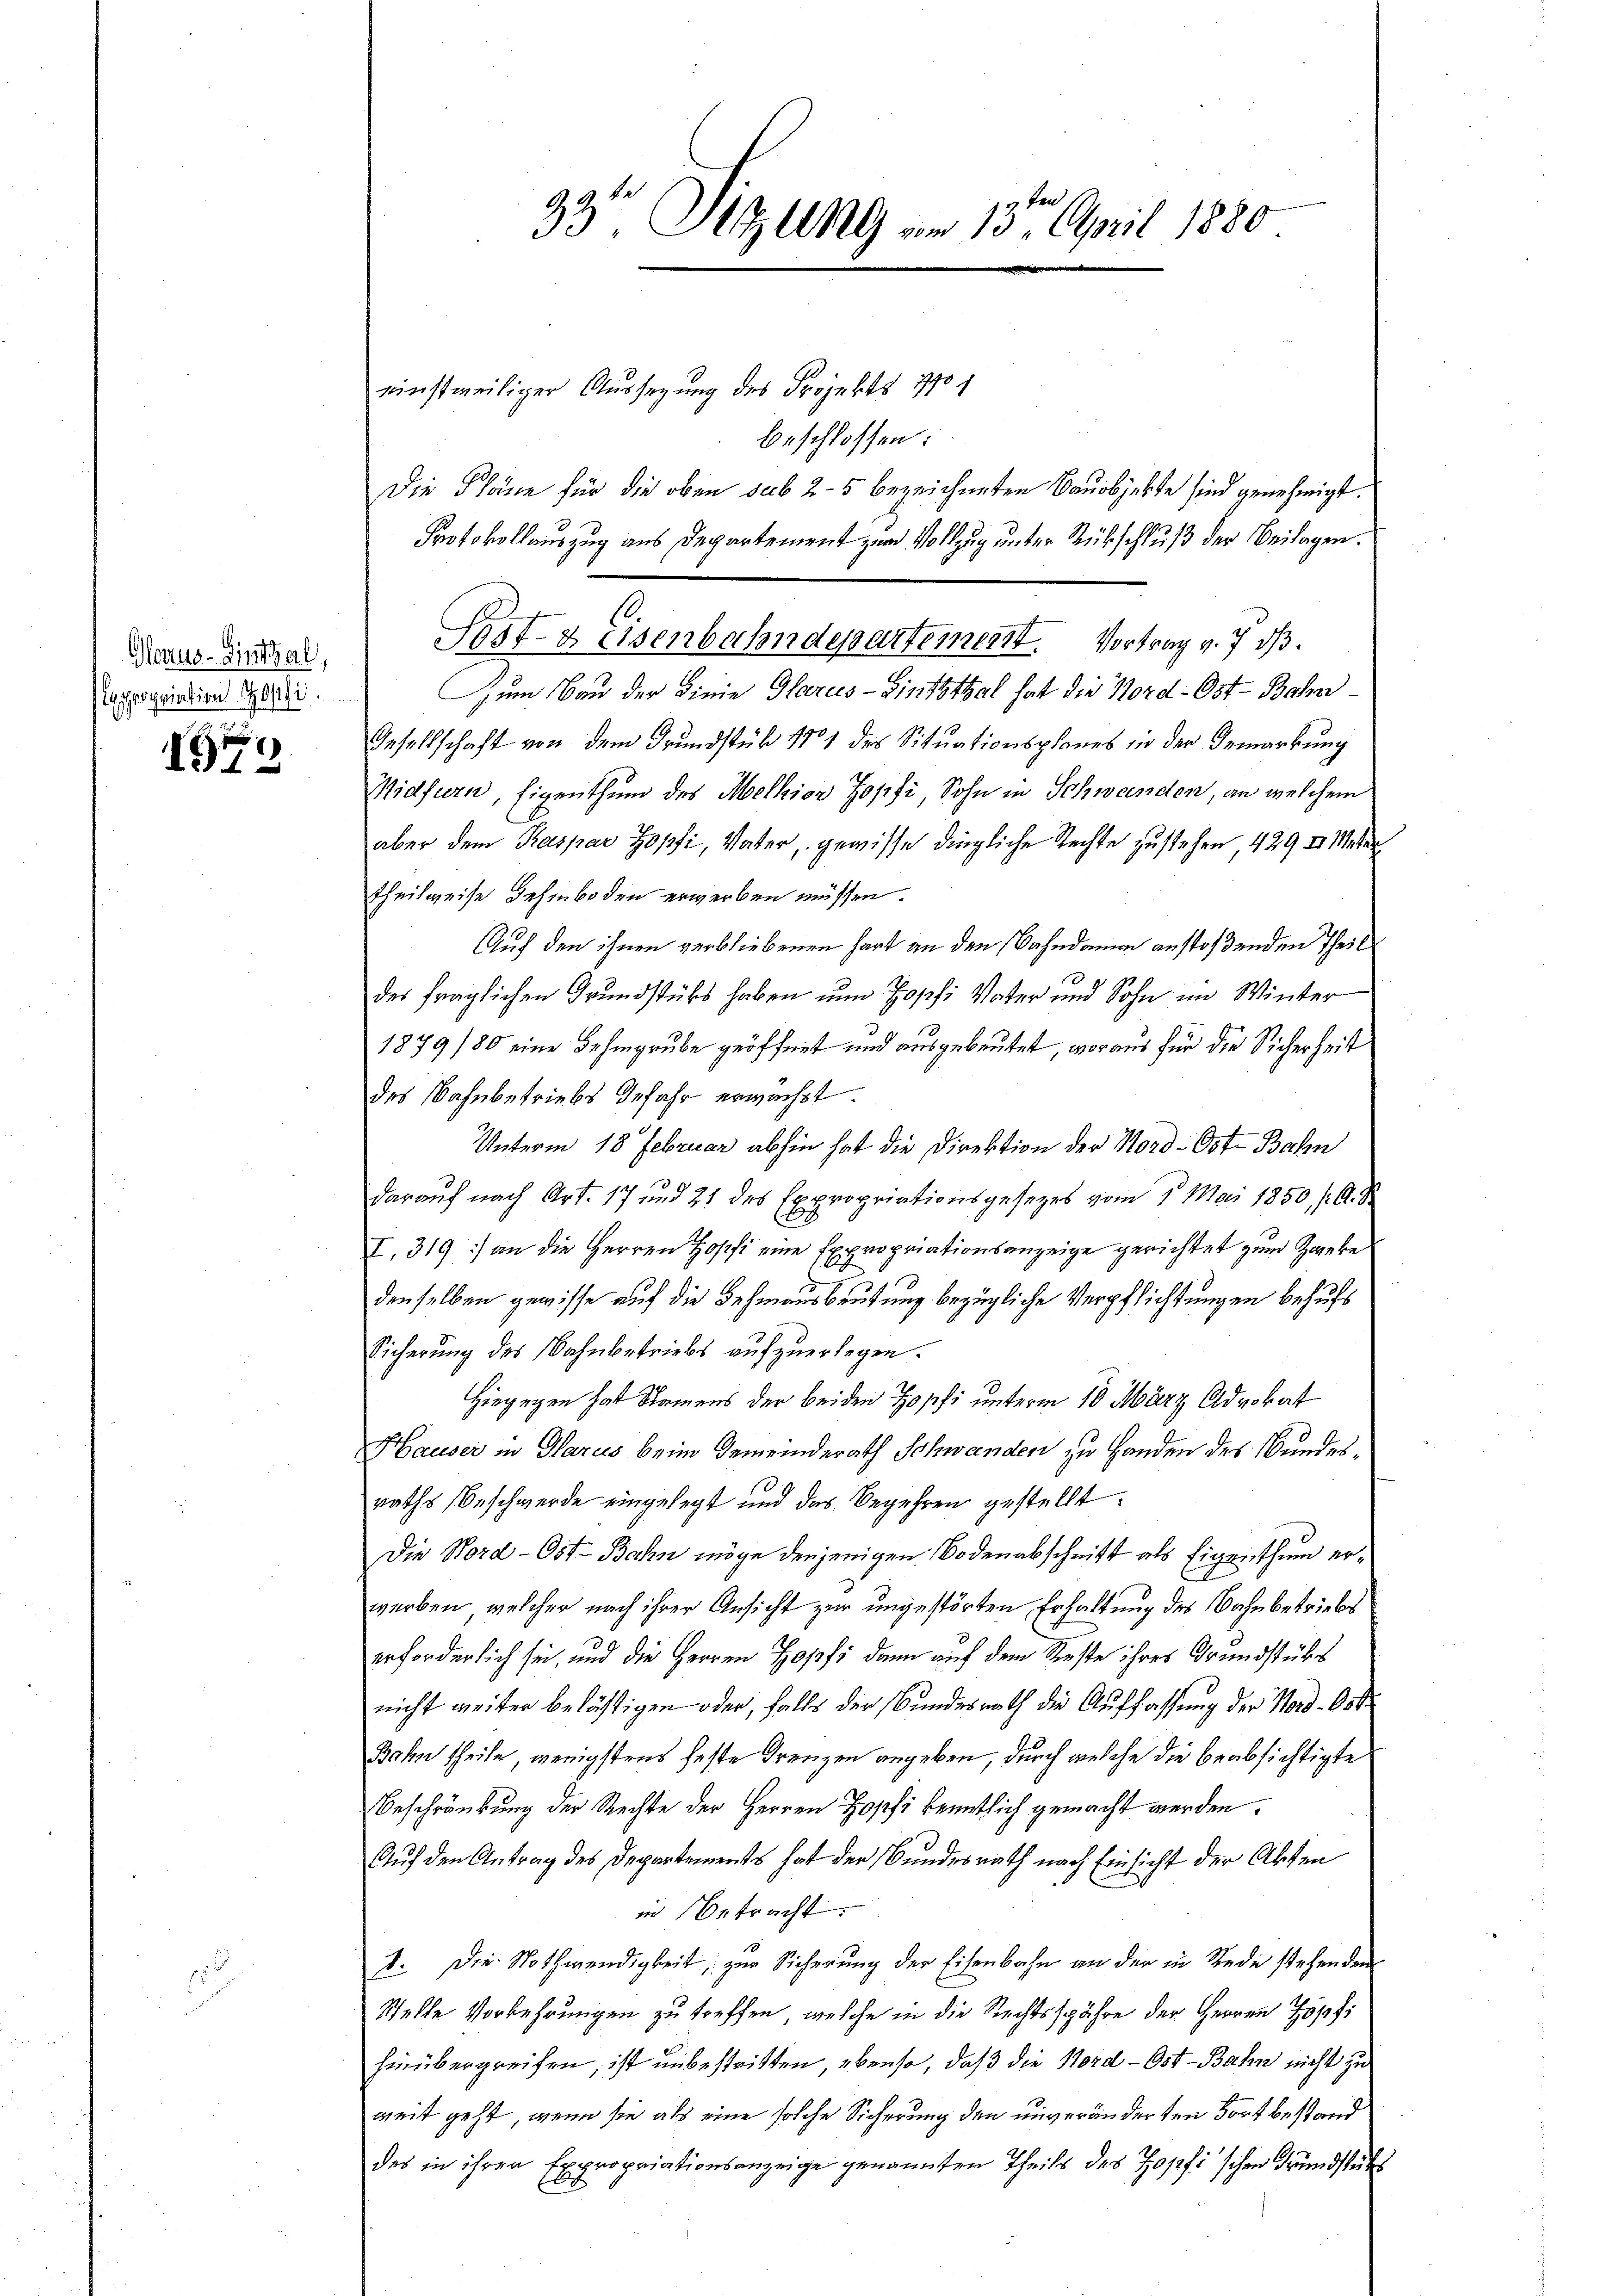
Glarus-Zinthal,
Expropriation Zofi

1

33t Sitzung am 13. April 1880

einstweiliger Aussagung des Projekts 1801
beschlossen:
Die Pläne für die oben sub 2 - 5 bezeichneten Bauobjekte sind genehmigt.
Protokollauszug aus Departement zur Vollzug unter Rückschluß der Beilagen.
Zum Bau der Linie Glarus - Linththal hat die Nord- Ost-Bahn¬
Gesellschaft von dem Grundstük 11 des Situationsplanes in der Gemarkung
Widfurn, Eigenthum des Melhion Zopfi, Sohn in Schwanden, an welchem
aber dem Kaspar Zopfi, Vater, gewisse dingliche Rechte zustehen, 429 d. Meter
theilweise Behinboden erwerben müssen.
Auf den ihnen verbliebenen hart an den Bahndamm anstoßenden Theil
91
des fraglichen Grundstüks haben nun Zopfi Vater und Sohn im Winter
1879/80 eine Behingrube geöffnet und ausgebeutet, woraus für die Sicherheit
des Wahnbetriebs Gefahr erwächst
Unterm 18 Februar abhin hat die Direktion der Nord- Ost-Bahn
darauf nach Art. 17 und 21 des Expropriationsgesetzes vom 1. Mai 1850 /A. S
I. 319) an die Herren Hopfi eine Expropriationsanzeige gerichtet zum Zweke
denselben gewisse auf die Behinausbeutung bezügliche Verpflichtungen behufs
Sicherŭng des Bahnbetriebs aŭfzŭerlegen.
Hiegegen hat Namens der beiden Zopfi unterm 10 März Advokat
Hauser in Glarus beim Gemeinderath Schwanden zu Handen des Bundesraths Beschwerde eingelegt und das Begehren gestellt.
Die Nord- Ost-Bahn möge denjenigen Bodenabschnitt als Eigenthum erwerben, welcher nach ihrer Ansicht zur ungestörten Erhaltung des Bahnbetriebs
erforderlich sei, und die Herren Zopfs dann auf dem Reste ihres Grundstücks
nicht weiter belästigen oder, falls der Bundesrath die Auffassung der Nord-Ost
Bahn theile, wenigstens feste Grenzen angeben, durch welche die beabsichtigte
Beschränkung der Rechte der Herren Zopfi kenntlich gemacht werden.
Auf den Antrag des Departements hat der Bundesrath nach Einsicht der Akten
in betracht.
1. Die Nothwendigkeit, zur Sicherung der Eisenbahn an der in Rede stehenden
Stelle Vorkehrungen zu treffen, welche in die Rechtsspähre der Herren Zopfi
hinübergreifen, ist unbestritten, ebenso, daß die Nord - Ost-Bahn nicht zu
weit geht, wenn sie als eine solche Sicherung den unveränderten Fortbestand
des in ihren Expropriationsanzeige genannten Theils des Zopfi'schen Grundstücks

Post- & Eisenbahndepartement. Vortrag v. 7. dβ.